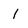
Character: 1